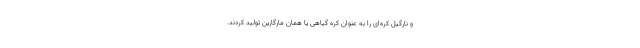
و نارگیل کره‌ای را به عنوان کره گیاهی یا همان مارگارین تولید کردند.